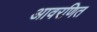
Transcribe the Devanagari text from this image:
आवरणित